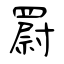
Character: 罻